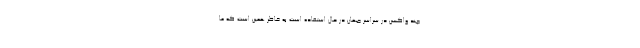
چند واکسن در سراسر جهان در حال استفاده است به خاطر همین است که ما